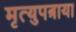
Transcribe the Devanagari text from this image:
मृत्युपत्राया